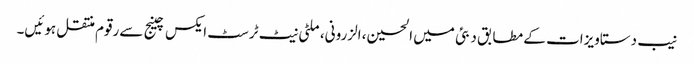
نیب دستاویزات کے مطابق دبئی میں الحسین، الزرونی، ملٹی نیٹ ٹرسٹ ایکس چینج سےرقوم منتقل ہوئیں۔